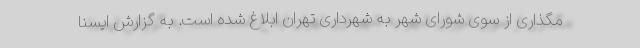
مگذاری از سوی شورای شهر به شهرداری تهران ابلاغ شده است. به گزارش ایسنا